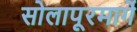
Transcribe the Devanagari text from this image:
सोलापूरमार्गे